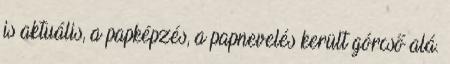
is aktuális, a papképzés, a papnevelés került górcső alá.